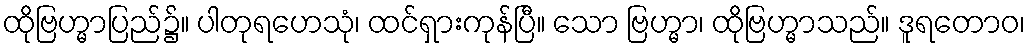
ထိုဗြဟ္မာပြည်၌။ ပါတုရဟေသုံ၊ ထင်ရှားကုန်ပြီ။ သော ဗြဟ္မာ၊ ထိုဗြဟ္မာသည်။ ဒူရတောဝ၊